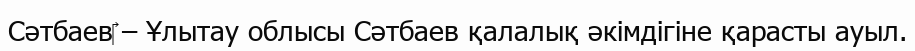
Сәтбаев‎ – Ұлытау облысы Сәтбаев қалалық әкімдігіне қарасты ауыл.